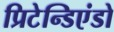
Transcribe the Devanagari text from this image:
प्रिटेन्डिएंडो